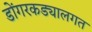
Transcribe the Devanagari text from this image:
डोंगरकड्यालगत